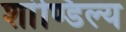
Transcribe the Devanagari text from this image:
शांण्डिल्य